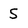
Character: S